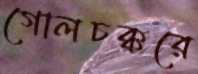
গোলচক্করে